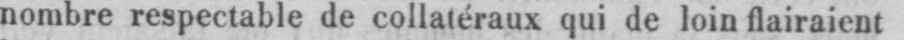
nombre respectable de collatéraux qui de loin flairaient